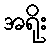
အရိုး